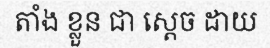
តាំង ខ្លួន ជា ស្តេច ដាយ